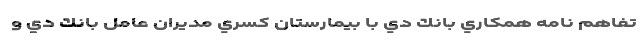
تفاهم نامه همكاري بانك دي با بيمارستان كسري مديران عامل بانك دي و